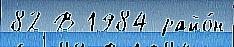
82 В 1984 райо́н